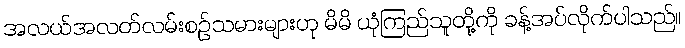
အလယ်အလတ်လမ်းစဉ်သမားများဟု မိမိ ယုံကြည်သူတို့ကို ခန့်အပ်လိုက်ပါသည်။